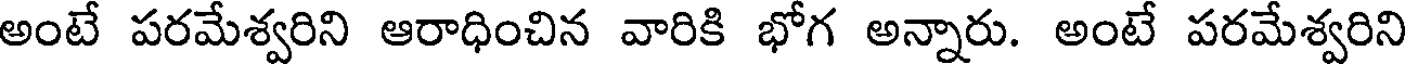
అంటే పరమేశ్వరిని ఆరాధించిన వారికి భోగ అన్నారు. అంటే పరమేశ్వరిని